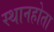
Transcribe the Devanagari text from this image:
स्थानहोता